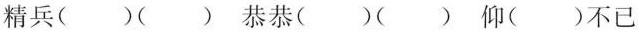
精兵()()恭恭()()仰()不已